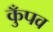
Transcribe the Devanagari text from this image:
कुँपव